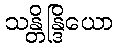
သန္တိန္ဒြိယော